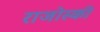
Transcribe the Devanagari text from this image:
राजोस्की